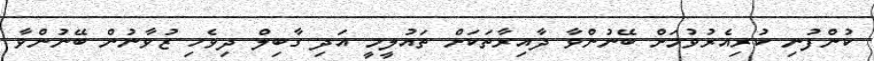
ކުންފުނި ކުރިއެރުވުމަށް ބޭނުންވާ ދާއިރާތަކަށް ތައުލީމީ އަދި ގާބިލް ދިވެހި ޒުވާނުން ބޭނުންވާ